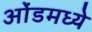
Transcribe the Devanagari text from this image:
ओंडमध्ये